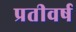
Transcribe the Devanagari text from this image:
प्रतीवर्ष